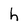
Character: h